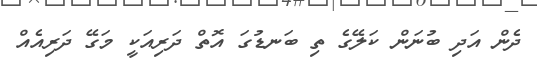
ދެން އަދި ބުނަން ކަލޭގެ ތި ބަނޑުގަ އޮތް ދަރިއަކީ މަގޭ ދަރިއެއް